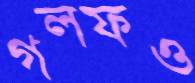
গলফও